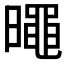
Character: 𣋋